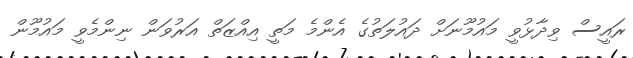
ރައީސް ވިދާޅުވީ މައުމޫނަށް ދައުލަތުގެ އެންމެ މަތީ އިއްޒަތް އަރުވަން ނިންމެވީ މައުމޫން